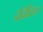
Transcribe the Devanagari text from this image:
दोदीतल